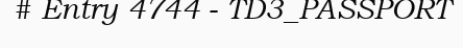
# Entry 4744 - TD3_PASSPORT